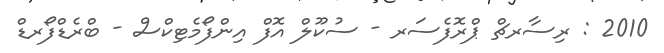
2010 : ރިސާރޗް ޕްރޮފެސަރ - ސުކޫލް އޮފް އިންފޯމެޓިކްސް - ބްރެޑްފޯރޑް